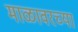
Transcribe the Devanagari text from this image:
माळावरच्या